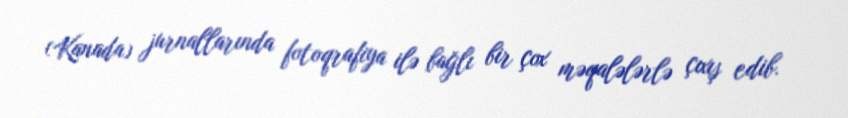
(Kanada) jurnallarında fotoqrafiya ilə bağlı bir çox məqalələrlə çıxış edib.